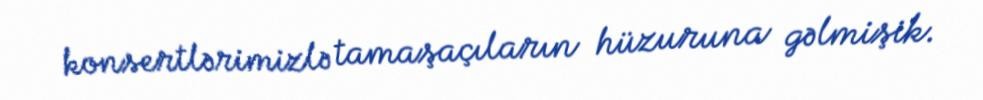
konsertlərimizlə tamaşaçıların hüzuruna gəlmişik.